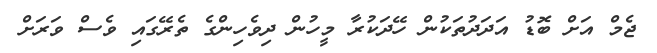
ޖެމް އަށް ބޮޑު އަދަދުތަކުން ހޭދަކުރާ މީހުން ދިވެހިންގެ ތެރޭގައި ވެސް ވަރަށް